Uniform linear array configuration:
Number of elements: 16
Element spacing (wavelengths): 0.25
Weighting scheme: blackman
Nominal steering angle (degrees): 45
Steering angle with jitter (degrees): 43.382
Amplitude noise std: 0.05
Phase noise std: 0.05

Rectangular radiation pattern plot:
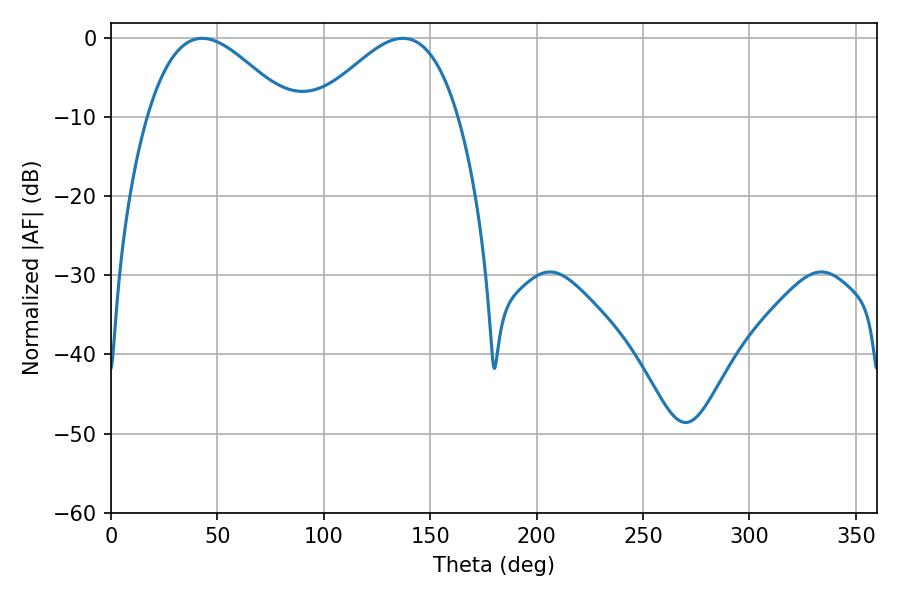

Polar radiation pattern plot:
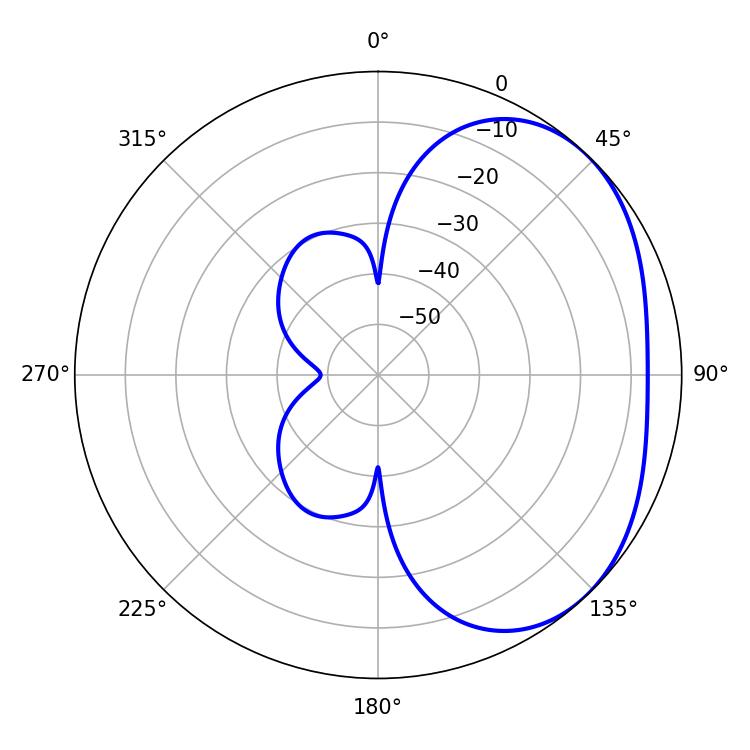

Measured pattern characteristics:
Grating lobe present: FALSE
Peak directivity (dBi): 2.933
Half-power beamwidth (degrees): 36.18
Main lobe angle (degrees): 42.84